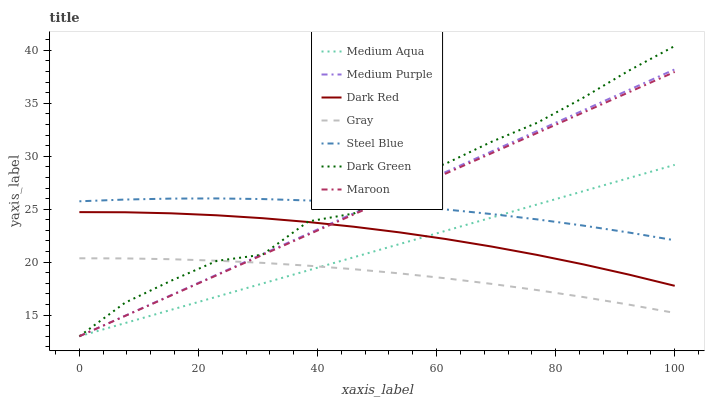
| xaxis_label | Medium Aqua | Medium Purple | Dark Red | Gray | Steel Blue | Dark Green | Maroon |
 | --- | --- | --- | --- | --- | --- | --- | --- |
 | 0 | 13 | 13 | 24.7 | 20.4 | 25.7 | 13 | 13 |
 | 7.69 | 14.2 | 14.9 | 24.7 | 20.4 | 25.9 | 16.2 | 14.9 |
 | 15.4 | 15.5 | 16.9 | 24.6 | 20.3 | 26 | 18.2 | 16.8 |
 | 23.1 | 16.7 | 18.8 | 24.4 | 20.1 | 26 | 20.1 | 18.8 |
 | 30.8 | 18 | 20.8 | 24.1 | 19.9 | 26 | 20.7 | 20.7 |
 | 38.5 | 19.2 | 22.7 | 23.8 | 19.7 | 25.8 | 23.8 | 22.6 |
 | 46.2 | 20.5 | 24.6 | 23.3 | 19.3 | 25.6 | 24.6 | 24.5 |
 | 53.8 | 21.7 | 26.6 | 22.8 | 18.9 | 25.3 | 27.8 | 26.4 |
 | 61.5 | 23 | 28.5 | 22.2 | 18.5 | 25 | 29.3 | 28.4 |
 | 69.2 | 24.2 | 30.4 | 21.5 | 17.9 | 24.5 | 31.4 | 30.3 |
 | 76.9 | 25.5 | 32.4 | 20.7 | 17.4 | 24 | 33.2 | 32.2 |
 | 84.6 | 26.7 | 34.3 | 19.8 | 16.7 | 23.5 | 35.5 | 34.1 |
 | 92.3 | 27.9 | 36.3 | 18.8 | 16 | 22.8 | 38.1 | 36 |
 | 100 | 29.2 | 38.2 | 17.8 | 15.2 | 22.1 | 40.4 | 38 |